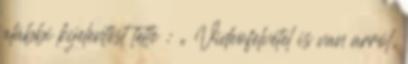
alábbi kijelentést tette : „ Videofelvétel is van arról,